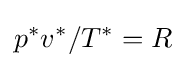
p^{*}v^{*}/T^{*}=R